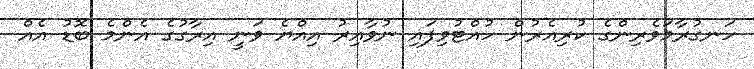
ހަނގުރާމަވެރިންގެ ކުރިއެރުން ހުއްޓުވިފައި ނުވާއިރު އިއްޔެ ވަނީ އިރާގުގެ އެންމެ ބޮޑު އެއް